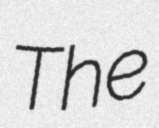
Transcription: The